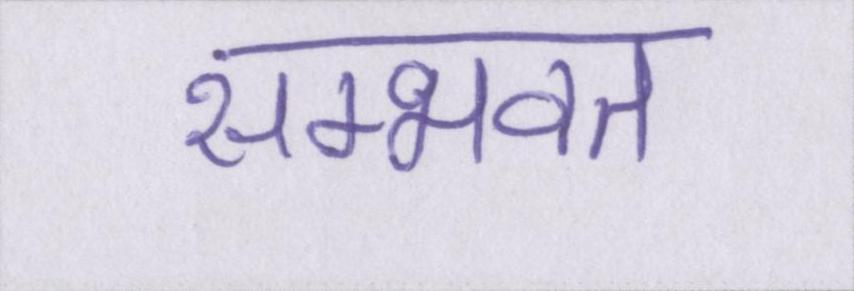
सम्भवत